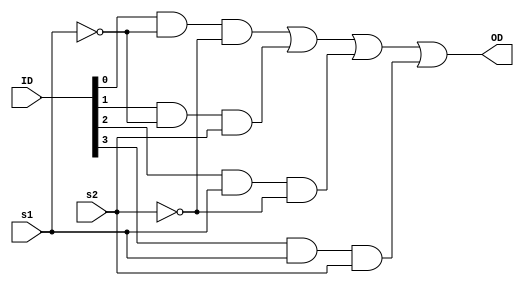
`timescale 1ns / 1ps


module Mux_4to1(OD, s1, s2, ID);

// dimensios and sizes
input [3:0] ID;
input s1,s2;
output OD;

//wires
wire w1,w2,w3,w4,w5,w6;

//logic development
not not1(w1, s1);
not not2(w2, s2);
and and1(w3, ID[0], w1, w2);
and and2(w4, ID[1], w1, s2);
and and3(w5, ID[2], s1, w2);
and and4(w6, ID[3], s1, s2);
or or1(OD, w3, w4, w5, w6);

endmodule